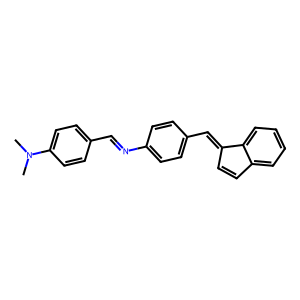
SMILES: CN(C)c1ccc(C=Nc2ccc(C=C3C=Cc4ccccc43)cc2)cc1
Inhibits HIV replication: No